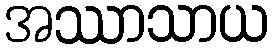
အဿာသာယ